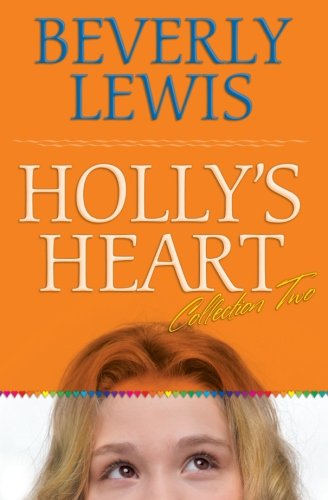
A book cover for Holly's Heart, Volume 2: Second-Best Friend/Good-Bye, Dressel Hills/Straight-A Teacher/No Guys Pact/Little White Lies (Holly's Heart 6-10) (v. 2); Beverly Lewis; Teen & Young Adult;